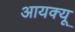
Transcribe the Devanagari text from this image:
आयक्यू